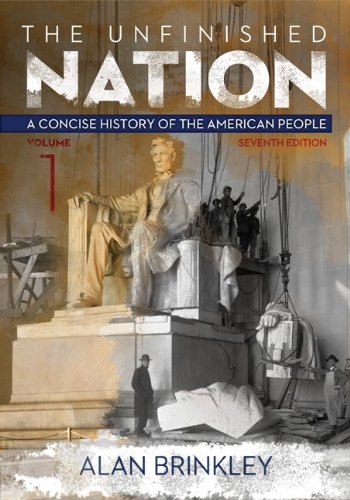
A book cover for The Unfinished Nation: A Concise History of the American People Volume 1; Alan Brinkley; Science & Math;